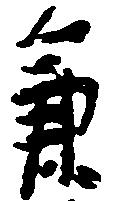
兼